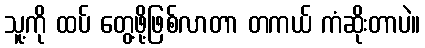
သူ့ကို ထပ် တွေ့ဖို့ဖြစ်လာတာ တကယ် ကံဆိုးတာပဲ။